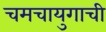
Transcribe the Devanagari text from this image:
चमचायुगाची